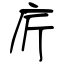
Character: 庍